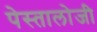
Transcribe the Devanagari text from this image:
पेस्तालोजी